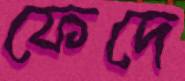
ফেদে